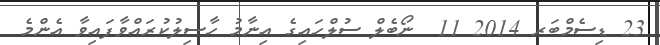
23 ޑިސެމްބަރ 2014 11  ނޯބެލް ސުލްހައިގެ އިނާމު ހާސިލުކުރައްވާފައިވާ އެންމެ